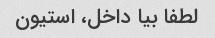
لطفا بیا داخل، استیون